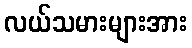
လယ်သမားများအား